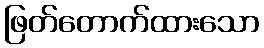
ဖြတ်တောက်ထားသော